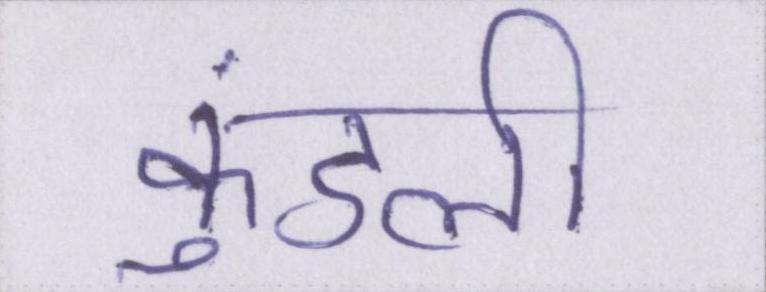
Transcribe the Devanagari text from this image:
कुंडली